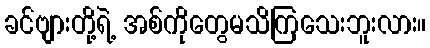
ခင်ဗျားတို့ရဲ့ အစ်ကိုတွေမသိကြသေးဘူးလား။